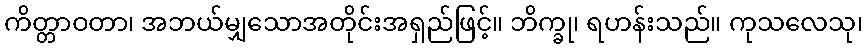
ကိတ္တာဝတာ၊ အဘယ်မျှသောအတိုင်းအရှည်ဖြင့်။ ဘိက္ခု၊ ရဟန်းသည်။ ကုသလေသု၊